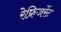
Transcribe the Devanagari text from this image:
रेफ्रिजरेंट